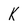
Character: K